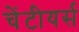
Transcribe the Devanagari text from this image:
चेंटीयर्स